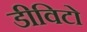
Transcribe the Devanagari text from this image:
डीविटो